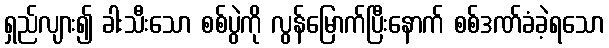
ရှည်လျား၍ ခါးသီးသော စစ်ပွဲကို လွန်မြောက်ပြီးနောက် စစ်ဒဏ်ခံခဲ့ရသော